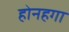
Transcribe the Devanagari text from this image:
होनहगा